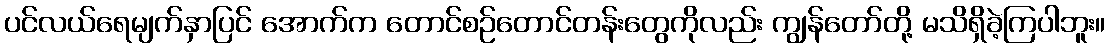
ပင်လယ်ရေမျက်နှာပြင် အောက်က တောင်စဉ်တောင်တန်းတွေကိုလည်း ကျွန်တော်တို့ မသိရှိခဲ့ကြပါဘူး။